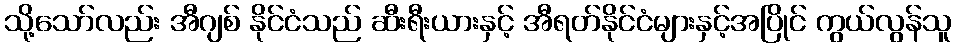
သို့သော်လည်း အီဂျစ် နိုင်ငံသည် ဆီးရီးယားနှင့် အီရတ်နိုင်ငံများနှင့်အပြိုင် ကွယ်လွန်သူ